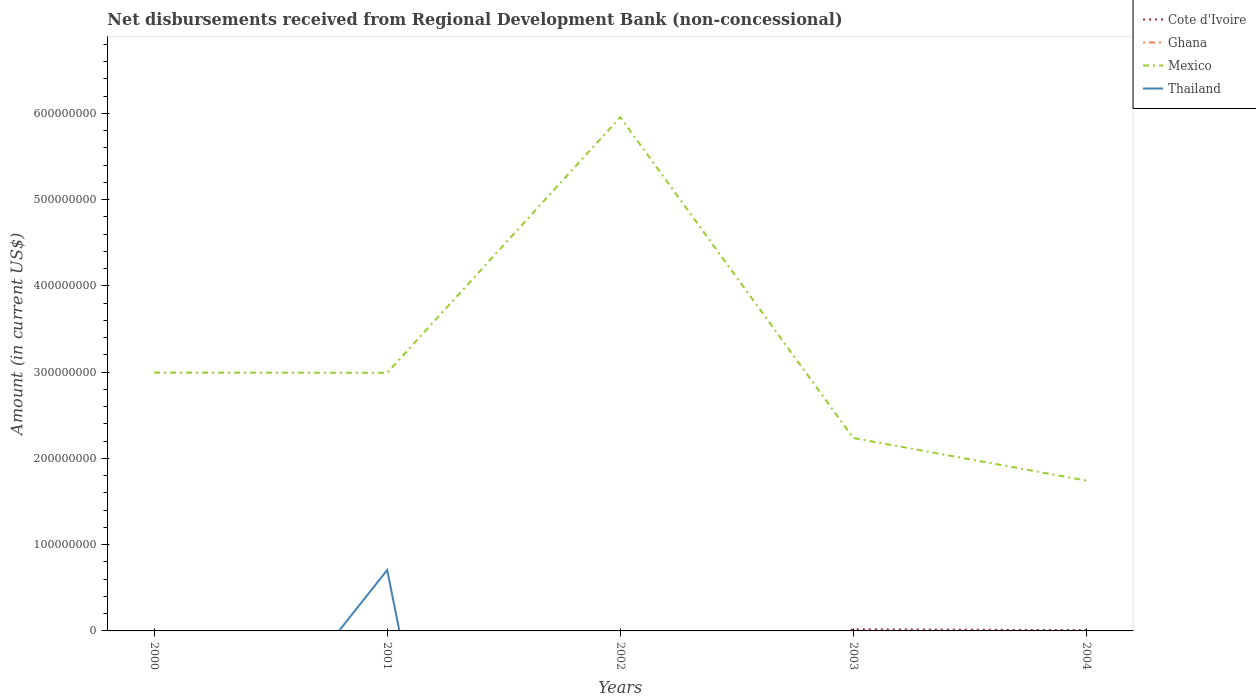
| Years | Cote d'Ivoire | Ghana | Mexico | Thailand |
 | --- | --- | --- | --- | --- |
 | 2000 | -3.54e+07 | -1.35e+07 | 2.99e+08 | -2.7e+08 |
 | 2001 | -2.64e+07 | -8.55e+06 | 2.99e+08 | 7.05e+07 |
 | 2002 | -1.08e+08 | -5.37e+06 | 5.96e+08 | -1.27e+09 |
 | 2003 | 1.93e+06 | -6.36e+05 | 2.24e+08 | -1.73e+08 |
 | 2004 | 9.91e+05 | -2.41e+06 | 1.74e+08 | -7.67e+07 |